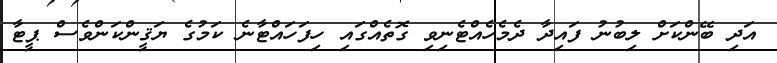
އަދި ބޭންކަށް ލިބުނު ފައިދާ ދެމެހެއްޓެނިވި ގޮތެއްގައި ހިފަހައްޓާނެ ކަމުގެ ޔަޤީންކަންވެސް ޕީޓާ